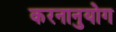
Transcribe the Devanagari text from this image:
करनानुयोग